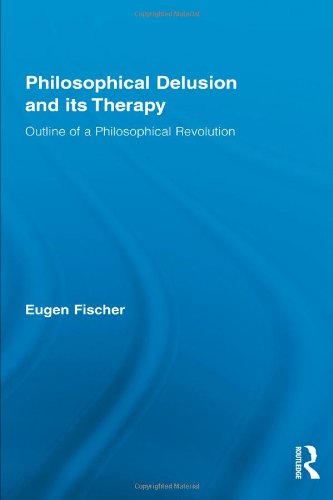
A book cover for Philosophical Delusion and its Therapy: Outline of a Philosophical Revolution (Routledge Studies in Contemporary Philosophy); Eugen Fischer; Politics & Social Sciences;